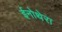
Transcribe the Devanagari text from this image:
ईनोथेरा